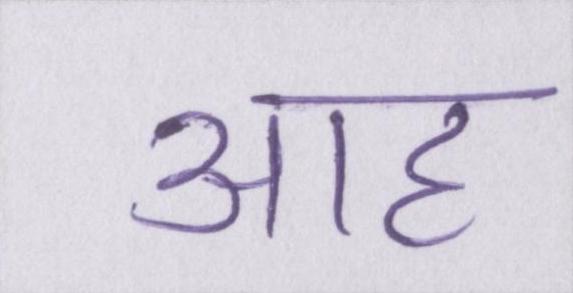
आह